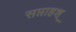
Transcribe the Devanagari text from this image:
सप्ताहश्